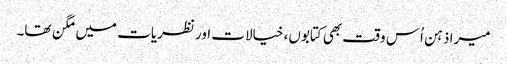
میرا ذہن اُس وقت بھی کتابوں، خیالات اور نظریات میں مگن تھا۔